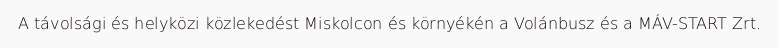
A távolsági és helyközi közlekedést Miskolcon és környékén a Volánbusz és a MÁV-START Zrt.